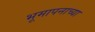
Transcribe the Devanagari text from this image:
भूमापनाच्या